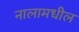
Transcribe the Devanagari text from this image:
नालामधील